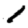
Digit: 1